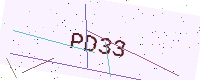
Text: PD33